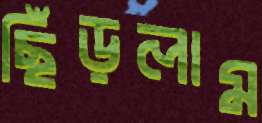
ছিঁড়লাম